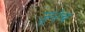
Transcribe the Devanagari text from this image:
जुनेच